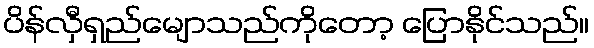
ပိန်လှီရှည်မျောသည်ကိုတော့ ပြောနိုင်သည်။